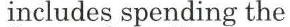
includes spending the